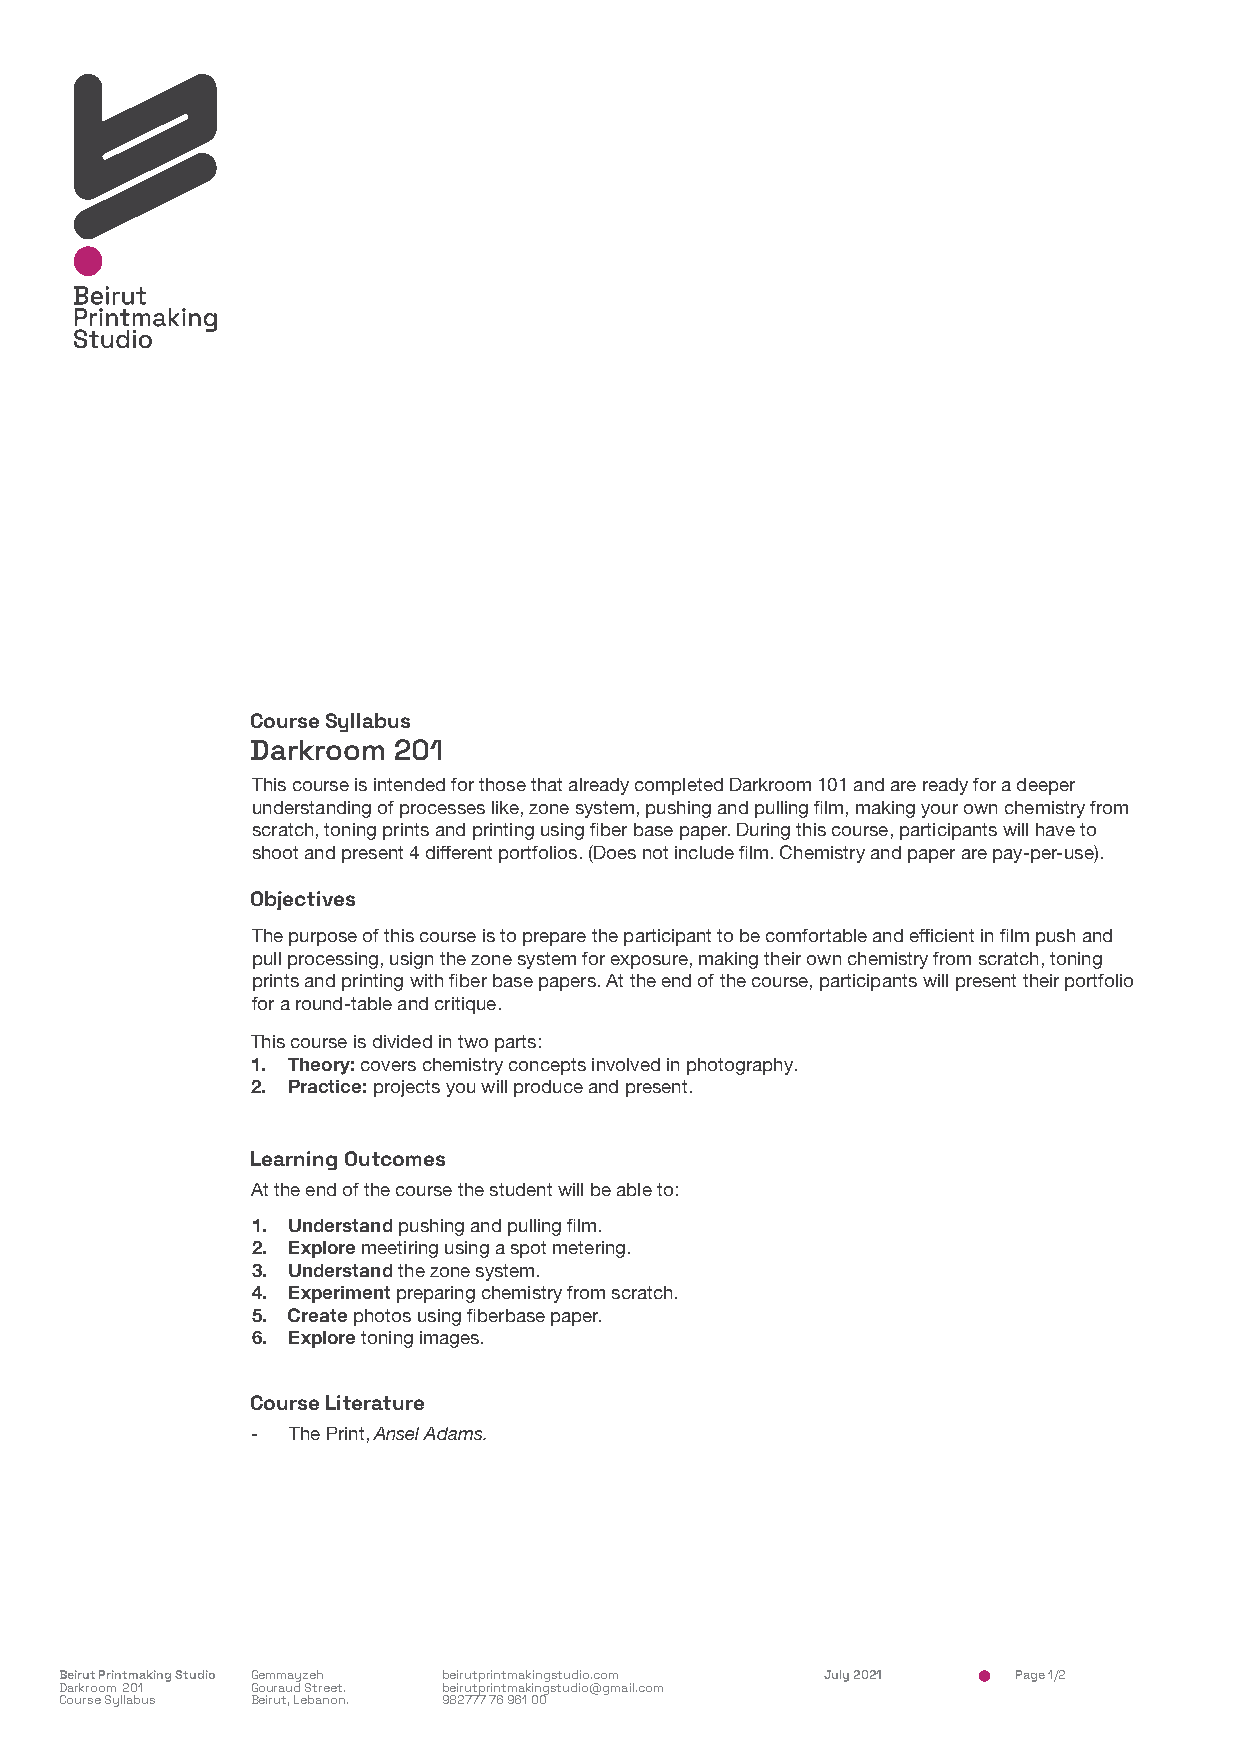
Course Syllabus
 Darkroom 201
 This course is intended for those that already completed Darkroom 101 and are ready for a deeper
 understanding of processes like, zone system, pushing and pulling film, making your own chemistry from
 scratch, toning prints and printing using fiber base paper. During this course, participants will have to
 shoot and present 4 different portfolios. (Does not include film. Chemistry and paper are pay-per-use).
 Objectives
 The purpose of this course is to prepare the participant to be comfortable and efficient in film push and
 pull processing, usign the zone system for exposure, making their own chemistry from scratch, toning
 prints and printing with fiber base papers. At the end of the course, participants will present their portfolio
 for a round-table and critique.
 This course is divided in two parts:
 1. Theory: covers chemistry concepts involved in photography.
 2. Practice: projects you will produce and present.
 Learning Outcomes
 At the end of the course the student will be able to:
 1. Understand pushing and pulling film.
 2. Explore meetiring using a spot metering.
 3. Understand the zone system.
 4. Experiment preparing chemistry from scratch.
 5. Create photos using fiberbase paper.
 6. Explore toning images.
 Course Literature
 - The Print, Ansel Adams.
 Beirut Printmaking Studio Gemmayzeh beirutprintmakingstudio.com July 2021 Page 1/2
 Darkroom201  Gouraud Street. beirutprintmakingstudio@gmail.com
 Course Syllabus Beirut, Lebanon. 982777 76 961 00